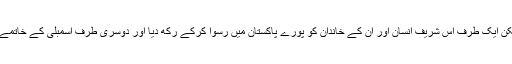
چنانچہ اس دبائو کی وجہ سے منظور آفریدی کا نام تو واپس لے لیا گیا لیکن ایک طرف اس شریف انسان اور ان کے خاندان کو پورے پاکستان میں رسوا کرکے رکھ دیا اور دوسری طرف اسمبلی کے خاتمے کے بعد کئی دن گزرنے کے بعد بھی آج تک نگران وزیراعلیٰ نہیں ہے۔